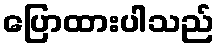
ပြောထားပါသည်